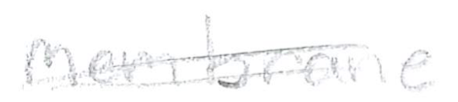
Text: membrane
Cross-out: double-line
Writing tool: pencil